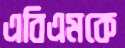
এবিএমকে